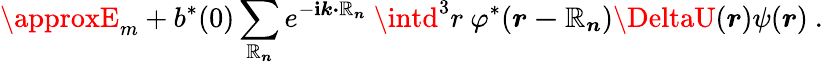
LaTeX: \approxE_{m}+b^{*}(0)\sum_{\boldsymbol{\mathbb{R}_{n}}}e^{-\mathbf{i}{\boldsymbol{k\cdot\mathbb{R}_{n}}}}\ \intd^{3}r\ \varphi^{*}({\boldsymbol{r-\mathbb{R}_{n}}})\DeltaU({\boldsymbol{r}})\psi({\boldsymbol{r}})\ .